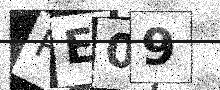
Text: RE09